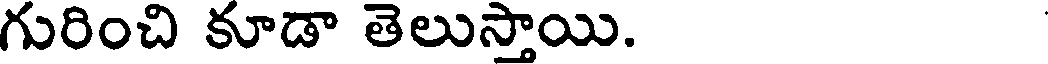
గురించి కూడా తెలుస్తాయి.